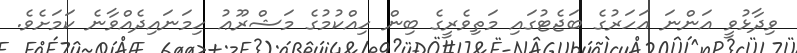
ވިދާޅުވީ އަންނަ އަހަރުގެ ބަޖެޓުގައި މަތިވެރީގެ ބިން ހިއްކުމުގެ މަޝްރޫޢު ހިމަނައިދެއްވާނެ ކަމަށެވެ.